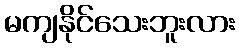
မကျနိုင်သေးဘူးလား